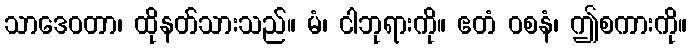
သာဒေဝတာ၊ ထိုနတ်သားသည်။ မံ၊ ငါဘုရားကို။ ဧတံ ဝစနံ၊ ဤစကားကို။